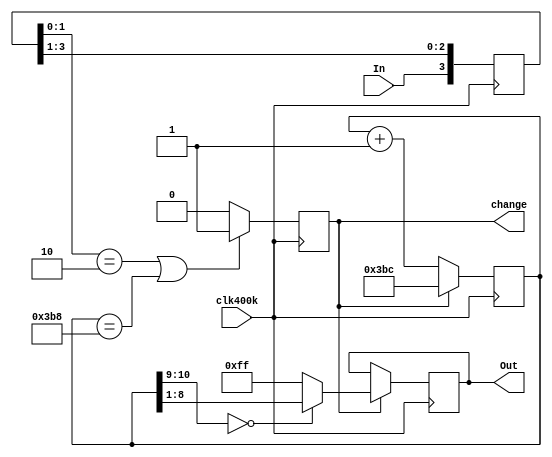
/*******************************************************************************
 *
 * Copyright(C) 2011-2020 ERC CISST, Johns Hopkins University.
 *
 * Module: MAX6576
 *
 * Purpose: Converts the output of a MAX6576 into temperature
 *
 * Theory of operation:
 *     The MAX6576 produces a square wave of ~50% duty cycle and a period
 *     proportional to the device temperature. The period is defined as
 *     10uS per degree K
 *
 *     The timekeeping is done in an 11 bit counter clocked at 400KHz.
 *     4 counts of this counter corresponds to 10uS or 1C.
 *
 *     When an edge is detected, the counter is initialized to 0x3BC,
 *     which corresponds to -273*4. In other words, it will require
 *     273*4 counts for the counter to overflow to 0.
 *
 *     When an edge is detected, the counter value is saved and reported
 *     as the result. If the counter value is less than 127*4 (0x1FC),
 *     then the value/2 is reported as the output. This results in each
 *     output bit corresponding to 0.5C. Since we know that the value is
 *     less than 127*4, the upper bits can be ignored and the result is
 *     guaranteed to fit in 8 bits.
 *
 *     If the register value is out of range, the output is reported
 *     as 0xFF
 *
 * Revision history
 *     07/15/10                        Initial revision - MfgTest
 *     11/15/11    Paul Thienphrapa    Initial revision
 */

module Max6576(
    input wire clk400k,     // 400 kHz Clock
    input wire In,          // PWM output of the MAX6576
    output reg[7:0] Out,    // Temperature in 0.5C per bit
    output reg change       // Indicates the temperature is changing
);
    initial Out = 8'hFF;

    reg[3:0] sync;          // Synchronization & edge detection register
    reg[10:0] count;        // Main counter
    initial count = 11'h3BC;

always @(posedge(clk400k))
begin
    sync <= { In, sync[3:1] };

    // signal change on edge detect or counter overflow
    if ((sync[1:0]==2'b10) || (count==10'h3B8))
        change <= 1'b1;
    else
        change <= 1'b0;

    // on change, output the counter value and reset it to -273*4
    if (change) begin
        count <= 11'h3BC;
        // output count/2 if count<127*4
        if (count[10:9] == 0)
            Out <= count[8:1];
        else
            Out <= 8'hFF;
    end
    else
        count <= count + 1'b1;
end

endmodule